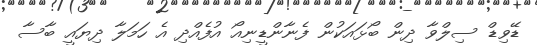
ޑޭވިޑް ސިލްވާ ދިން ބޯޅައަކުން ފެނާންޑީނިއޯ އުފެއްދި އެ ހަމަލާ ދިޔައީ ބާސާ